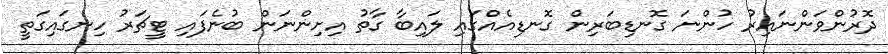
ދޮރުންވަންނައިރު ހުންނަ ގޮނޑިބަރިން ގޮނޑިއެއްގައި ލައިބާ ގާތު އިށިންނަން ބުނެފައި ޓީޗަރު ހިނގައިގަތީ